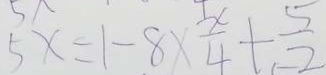
5 x = 1 - 8 \times \frac { x } { 4 } + \frac { 5 } { - 2 }